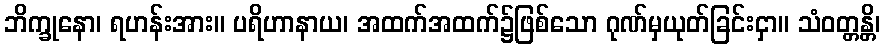
ဘိက္ခုနော၊ ရဟန်းအား။ ပရိဟာနာယ၊ အထက်အထက်၌ဖြစ်သော ဂုဏ်မှယုတ်ခြင်းငှာ။ သံဝတ္တန္တိ၊